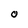
Character: O